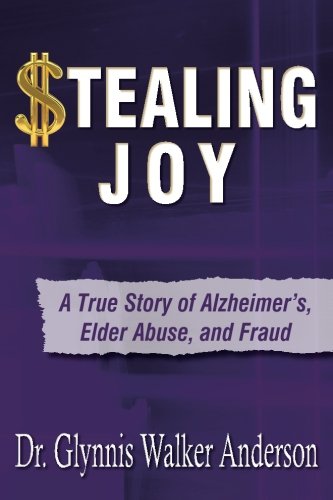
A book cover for Stealing Joy: A True Story of Alzheimer's, Elder Abuse, and Fraud; Glynnis Walker Anderson; Biographies & Memoirs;